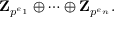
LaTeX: \mathbf { Z } _ { p ^ { e _ { 1 } } } \oplus \cdots \oplus \mathbf { Z } _ { p ^ { e _ { n } } } .